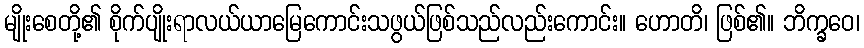
မျိုးစေတို့၏ စိုက်ပျိုးရာလယ်ယာမြေကောင်းသဖွယ်ဖြစ်သည်လည်းကောင်း။ ဟောတိ၊ ဖြစ်၏။ ဘိက္ခဝေ၊